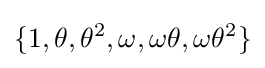
\{1,\theta ,\theta ^{2},\omega ,\omega \theta ,\omega \theta ^{2}\}